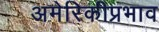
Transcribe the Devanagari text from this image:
अमेरिकीप्रभाव